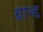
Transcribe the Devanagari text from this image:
ग्रान्ड